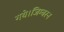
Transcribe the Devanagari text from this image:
गये।जिम्बरन